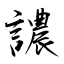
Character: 譨